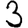
Digit: 3